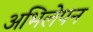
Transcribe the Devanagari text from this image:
अभिलेपन